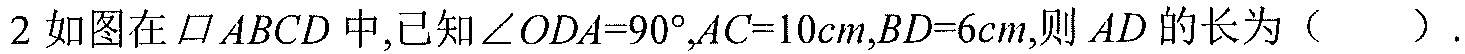
2 如图在\(\square ABCD\)中,已知\(\angle ODA = 90^{\circ},AC = 10cm,BD = 6cm\),则\(AD\)的长为（  ）.